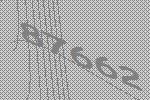
87662